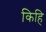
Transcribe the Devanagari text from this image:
किहि